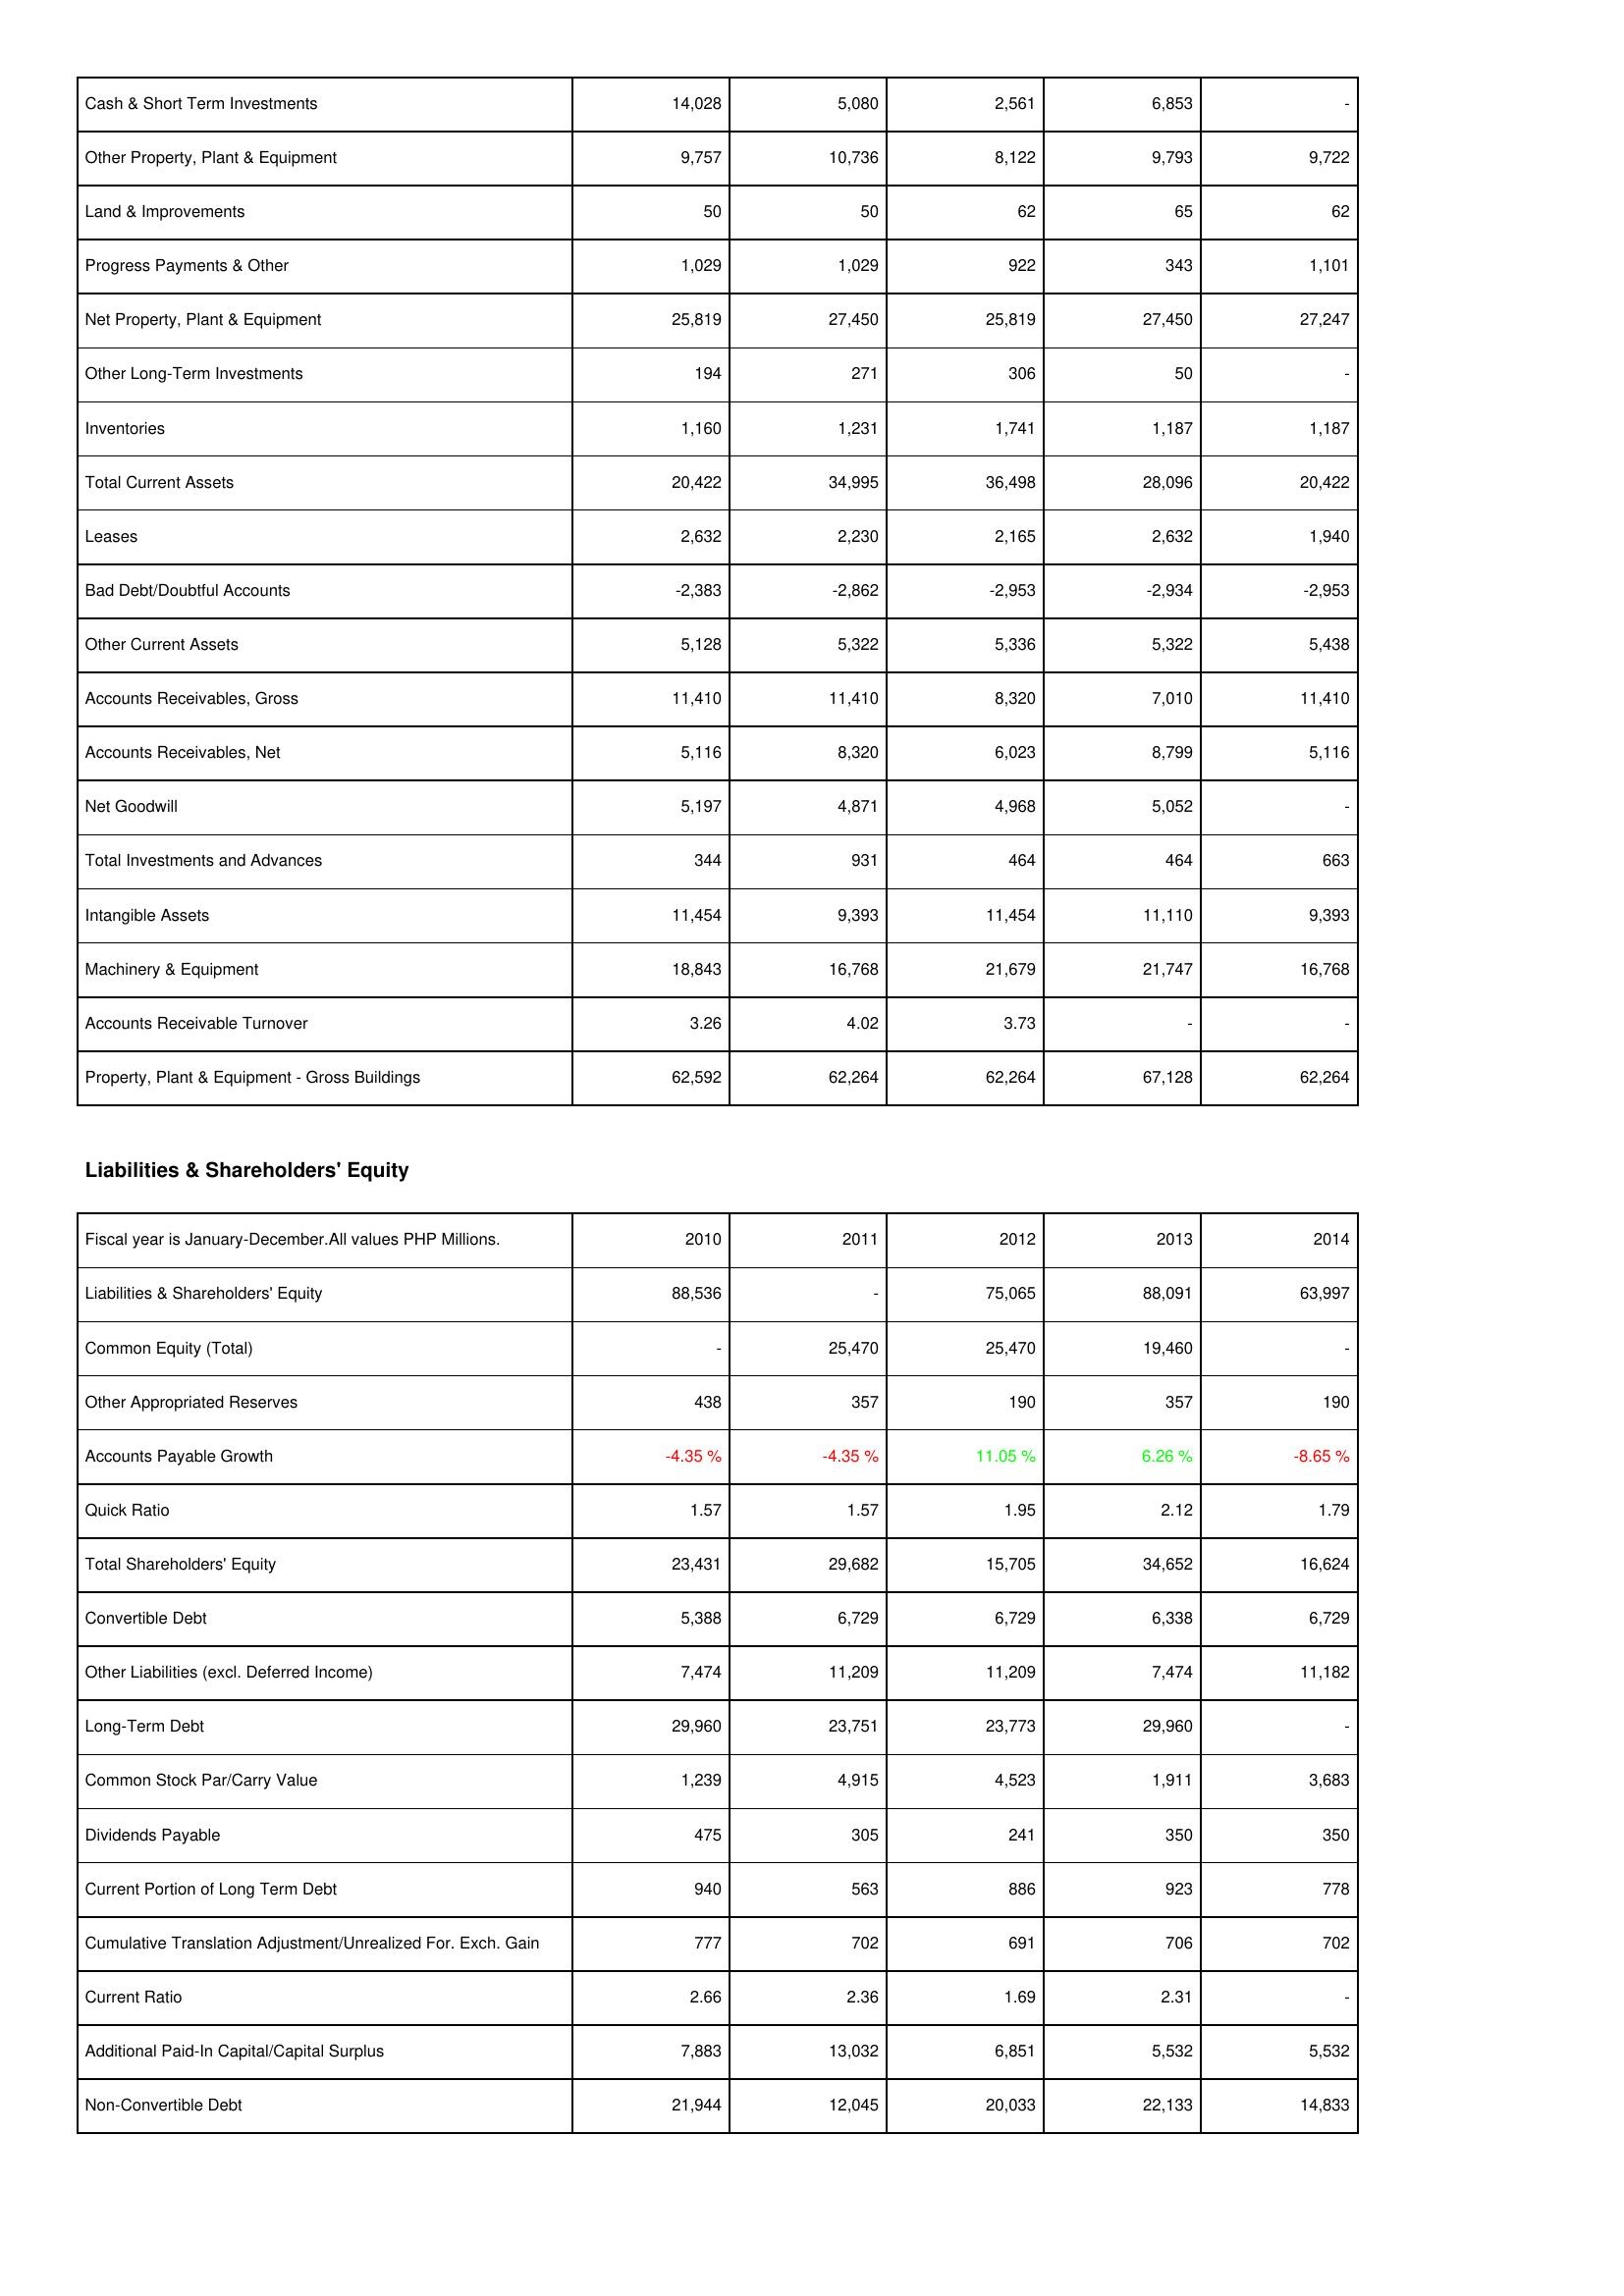
2010: Assets: Cash & Short Term Investments: 14,028
Other Property, Plant & Equipment: 9,757
Land & Improvements: 50
Progress Payments & Other: 1,029
Net Property, Plant & Equipment: 25,819
Other Long-Term Investments: 194
Inventories: 1,160
Total Current Assets: 20,422
Leases: 2,632
Bad Debt/Doubtful Accounts: -2,383
Other Current Assets: 5,128
Accounts Receivables, Gross: 11,410
Accounts Receivables, Net: 5,116
Net Goodwill: 5,197
Total Investments and Advances: 344
Intangible Assets: 11,454
Machinery & Equipment: 18,843
Accounts Receivable Turnover: 3.26
Property, Plant & Equipment - Gross Buildings: 62,592
Liabilities & Shareholders' Equity: Liabilities & Shareholders' Equity: 88,536
Common Equity (Total): -
Other Appropriated Reserves: 438
Accounts Payable Growth: -4.35 %
Quick Ratio: 1.57
Total Shareholders' Equity: 23,431
Convertible Debt: 5,388
Other Liabilities (excl. Deferred Income): 7,474
Long-Term Debt: 29,960
Common Stock Par/Carry Value: 1,239
Dividends Payable: 475
Current Portion of Long Term Debt: 940
Cumulative Translation Adjustment/Unrealized For. Exch. Gain: 777
Current Ratio: 2.66
Additional Paid-In Capital/Capital Surplus: 7,883
Non-Convertible Debt: 21,944
2011: Assets: Cash & Short Term Investments: 5,080
Other Property, Plant & Equipment: 10,736
Land & Improvements: 50
Progress Payments & Other: 1,029
Net Property, Plant & Equipment: 27,450
Other Long-Term Investments: 271
Inventories: 1,231
Total Current Assets: 34,995
Leases: 2,230
Bad Debt/Doubtful Accounts: -2,862
Other Current Assets: 5,322
Accounts Receivables, Gross: 11,410
Accounts Receivables, Net: 8,320
Net Goodwill: 4,871
Total Investments and Advances: 931
Intangible Assets: 9,393
Machinery & Equipment: 16,768
Accounts Receivable Turnover: 4.02
Property, Plant & Equipment - Gross Buildings: 62,264
Liabilities & Shareholders' Equity: Liabilities & Shareholders' Equity: -
Common Equity (Total): 25,470
Other Appropriated Reserves: 357
Accounts Payable Growth: -4.35 %
Quick Ratio: 1.57
Total Shareholders' Equity: 29,682
Convertible Debt: 6,729
Other Liabilities (excl. Deferred Income): 11,209
Long-Term Debt: 23,751
Common Stock Par/Carry Value: 4,915
Dividends Payable: 305
Current Portion of Long Term Debt: 563
Cumulative Translation Adjustment/Unrealized For. Exch. Gain: 702
Current Ratio: 2.36
Additional Paid-In Capital/Capital Surplus: 13,032
Non-Convertible Debt: 12,045
2012: Assets: Cash & Short Term Investments: 2,561
Other Property, Plant & Equipment: 8,122
Land & Improvements: 62
Progress Payments & Other: 922
Net Property, Plant & Equipment: 25,819
Other Long-Term Investments: 306
Inventories: 1,741
Total Current Assets: 36,498
Leases: 2,165
Bad Debt/Doubtful Accounts: -2,953
Other Current Assets: 5,336
Accounts Receivables, Gross: 8,320
Accounts Receivables, Net: 6,023
Net Goodwill: 4,968
Total Investments and Advances: 464
Intangible Assets: 11,454
Machinery & Equipment: 21,679
Accounts Receivable Turnover: 3.73
Property, Plant & Equipment - Gross Buildings: 62,264
Liabilities & Shareholders' Equity: Liabilities & Shareholders' Equity: 75,065
Common Equity (Total): 25,470
Other Appropriated Reserves: 190
Accounts Payable Growth: 11.05 %
Quick Ratio: 1.95
Total Shareholders' Equity: 15,705
Convertible Debt: 6,729
Other Liabilities (excl. Deferred Income): 11,209
Long-Term Debt: 23,773
Common Stock Par/Carry Value: 4,523
Dividends Payable: 241
Current Portion of Long Term Debt: 886
Cumulative Translation Adjustment/Unrealized For. Exch. Gain: 691
Current Ratio: 1.69
Additional Paid-In Capital/Capital Surplus: 6,851
Non-Convertible Debt: 20,033
2013: Assets: Cash & Short Term Investments: 6,853
Other Property, Plant & Equipment: 9,793
Land & Improvements: 65
Progress Payments & Other: 343
Net Property, Plant & Equipment: 27,450
Other Long-Term Investments: 50
Inventories: 1,187
Total Current Assets: 28,096
Leases: 2,632
Bad Debt/Doubtful Accounts: -2,934
Other Current Assets: 5,322
Accounts Receivables, Gross: 7,010
Accounts Receivables, Net: 8,799
Net Goodwill: 5,052
Total Investments and Advances: 464
Intangible Assets: 11,110
Machinery & Equipment: 21,747
Accounts Receivable Turnover: -
Property, Plant & Equipment - Gross Buildings: 67,128
Liabilities & Shareholders' Equity: Liabilities & Shareholders' Equity: 88,091
Common Equity (Total): 19,460
Other Appropriated Reserves: 357
Accounts Payable Growth: 6.26 %
Quick Ratio: 2.12
Total Shareholders' Equity: 34,652
Convertible Debt: 6,338
Other Liabilities (excl. Deferred Income): 7,474
Long-Term Debt: 29,960
Common Stock Par/Carry Value: 1,911
Dividends Payable: 350
Current Portion of Long Term Debt: 923
Cumulative Translation Adjustment/Unrealized For. Exch. Gain: 706
Current Ratio: 2.31
Additional Paid-In Capital/Capital Surplus: 5,532
Non-Convertible Debt: 22,133
2014: Assets: Cash & Short Term Investments: -
Other Property, Plant & Equipment: 9,722
Land & Improvements: 62
Progress Payments & Other: 1,101
Net Property, Plant & Equipment: 27,247
Other Long-Term Investments: -
Inventories: 1,187
Total Current Assets: 20,422
Leases: 1,940
Bad Debt/Doubtful Accounts: -2,953
Other Current Assets: 5,438
Accounts Receivables, Gross: 11,410
Accounts Receivables, Net: 5,116
Net Goodwill: -
Total Investments and Advances: 663
Intangible Assets: 9,393
Machinery & Equipment: 16,768
Accounts Receivable Turnover: -
Property, Plant & Equipment - Gross Buildings: 62,264
Liabilities & Shareholders' Equity: Liabilities & Shareholders' Equity: 63,997
Common Equity (Total): -
Other Appropriated Reserves: 190
Accounts Payable Growth: -8.65 %
Quick Ratio: 1.79
Total Shareholders' Equity: 16,624
Convertible Debt: 6,729
Other Liabilities (excl. Deferred Income): 11,182
Long-Term Debt: -
Common Stock Par/Carry Value: 3,683
Dividends Payable: 350
Current Portion of Long Term Debt: 778
Cumulative Translation Adjustment/Unrealized For. Exch. Gain: 702
Current Ratio: -
Additional Paid-In Capital/Capital Surplus: 5,532
Non-Convertible Debt: 14,833